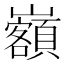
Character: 𡿃